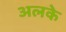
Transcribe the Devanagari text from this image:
अलके